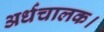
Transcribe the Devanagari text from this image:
अर्धचालक।